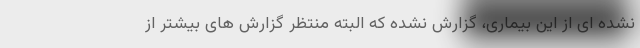
نشده ای از این بیماری، گزارش نشده که البته منتظر گزارش های بیشتر از